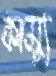
কাম্যু